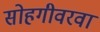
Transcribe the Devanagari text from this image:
सोहगीवरवा